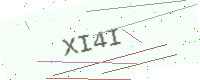
Text: XI4I